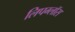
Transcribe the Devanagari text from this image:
लिपग्लॉस